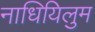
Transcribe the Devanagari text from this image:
नाधियिलुम